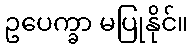
ဥပေက္ခာ မပြုနိုင်။